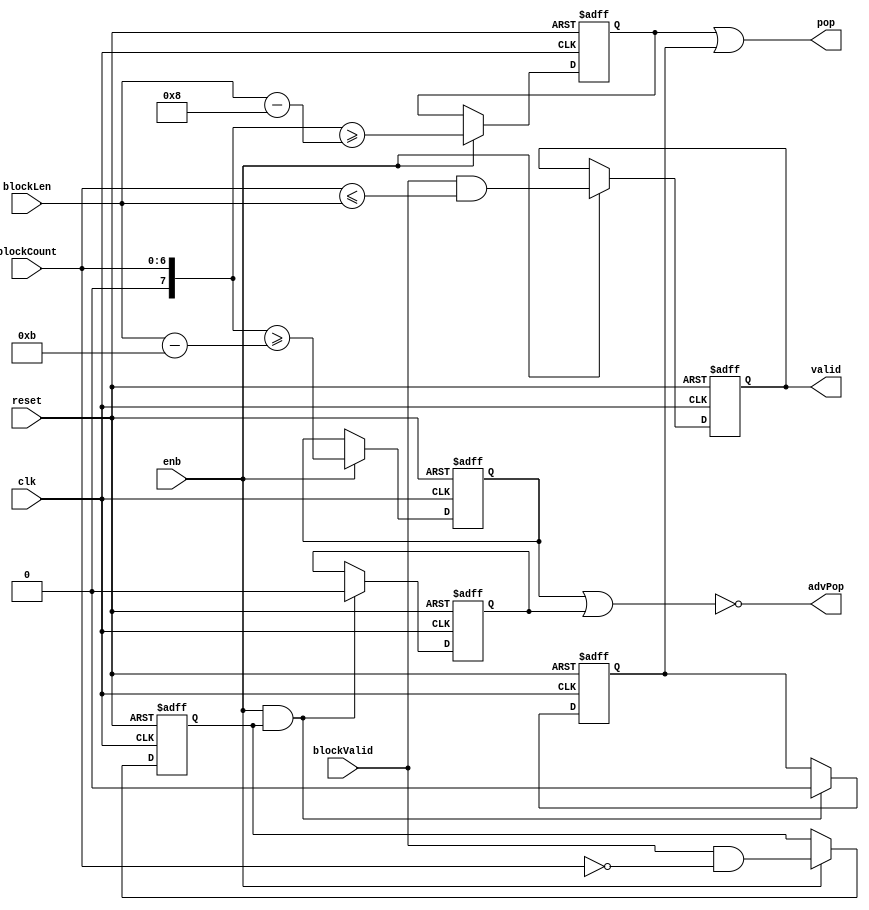
// -------------------------------------------------------------
// 
// 
// Generated by MATLAB 9.13 and HDL Coder 4.0
// 
// -------------------------------------------------------------


// -------------------------------------------------------------
// 
// Module: whdlOFDMTx_Generate_Output_Control_Signals_block
// Source Path: whdlOFDMTx/Frame Generator/Header/Interleaver/Read Logic/Generate Output Control Signals
// Hierarchy Level: 6
// 
// -------------------------------------------------------------

`timescale 1 ns / 1 ns

module whdlOFDMTx_Generate_Output_Control_Signals_block
          (clk,
           reset,
           enb,
           blockLen,
           blockValid,
           blockCount,
           valid,
           pop,
           advPop);


  input   clk;
  input   reset;
  input   enb;
  input   [6:0] blockLen;  // ufix7
  input   blockValid;
  input   [6:0] blockCount;  // ufix7
  output  valid;
  output  pop;
  output  advPop;


  wire Relational_Operator2_relop1;
  wire Logical_Operator1_out1;
  reg  Delay6_out1;
  wire [3:0] Constant_out1;  // ufix4
  wire signed [7:0] Add_1;  // sfix8
  wire signed [7:0] Add_2;  // sfix8
  wire signed [7:0] Add_out1;  // int8
  wire signed [7:0] Relational_Operator1_1_1;  // sfix8
  wire Relational_Operator1_relop1;
  reg  Delay8_out1;
  wire Compare_To_Constant_out1;
  wire Logical_Operator8_out1;
  reg  Delay_out1;
  wire Constant1_out1;
  reg  Unit_Delay_Enabled_Synchronous_out1;
  wire Logical_Operator4_out1;
  wire [3:0] Constant2_out1;  // ufix4
  wire signed [7:0] Add1_1;  // sfix8
  wire signed [7:0] Add1_2;  // sfix8
  wire signed [7:0] Add1_out1;  // int8
  wire signed [7:0] Relational_Operator3_1_1;  // sfix8
  wire Relational_Operator3_relop1;
  reg  Delay1_out1;
  wire Constant3_out1;
  reg  Unit_Delay_Enabled_Synchronous1_out1;
  wire Logical_Operator3_out1;


  assign Relational_Operator2_relop1 = blockCount <= blockLen;



  assign Logical_Operator1_out1 = blockValid & Relational_Operator2_relop1;



  always @(posedge clk or posedge reset)
    begin : Delay6_process
      if (reset == 1'b1) begin
        Delay6_out1 <= 1'b0;
      end
      else begin
        if (enb) begin
          Delay6_out1 <= Logical_Operator1_out1;
        end
      end
    end



  assign valid = Delay6_out1;

  assign Constant_out1 = 4'b1000;



  assign Add_1 = {1'b0, blockLen};
  assign Add_2 = {4'b0, Constant_out1};
  assign Add_out1 = Add_1 - Add_2;



  assign Relational_Operator1_1_1 = {1'b0, blockCount};
  assign Relational_Operator1_relop1 = Relational_Operator1_1_1 >= Add_out1;



  always @(posedge clk or posedge reset)
    begin : Delay8_process
      if (reset == 1'b1) begin
        Delay8_out1 <= 1'b0;
      end
      else begin
        if (enb) begin
          Delay8_out1 <= Relational_Operator1_relop1;
        end
      end
    end



  assign Compare_To_Constant_out1 = blockCount == 7'b0000000;



  assign Logical_Operator8_out1 = blockValid & Compare_To_Constant_out1;



  always @(posedge clk or posedge reset)
    begin : Delay_process
      if (reset == 1'b1) begin
        Delay_out1 <= 1'b0;
      end
      else begin
        if (enb) begin
          Delay_out1 <= Logical_Operator8_out1;
        end
      end
    end



  assign Constant1_out1 = 1'b0;



  always @(posedge clk or posedge reset)
    begin : Unit_Delay_Enabled_Synchronous_process
      if (reset == 1'b1) begin
        Unit_Delay_Enabled_Synchronous_out1 <= 1'b1;
      end
      else begin
        if (enb && Delay_out1) begin
          Unit_Delay_Enabled_Synchronous_out1 <= Constant1_out1;
        end
      end
    end



  assign Logical_Operator4_out1 = Delay8_out1 | Unit_Delay_Enabled_Synchronous_out1;



  assign pop = Logical_Operator4_out1;

  assign Constant2_out1 = 4'b1011;



  assign Add1_1 = {1'b0, blockLen};
  assign Add1_2 = {4'b0, Constant2_out1};
  assign Add1_out1 = Add1_1 - Add1_2;



  assign Relational_Operator3_1_1 = {1'b0, blockCount};
  assign Relational_Operator3_relop1 = Relational_Operator3_1_1 >= Add1_out1;



  always @(posedge clk or posedge reset)
    begin : Delay1_process
      if (reset == 1'b1) begin
        Delay1_out1 <= 1'b0;
      end
      else begin
        if (enb) begin
          Delay1_out1 <= Relational_Operator3_relop1;
        end
      end
    end



  assign Constant3_out1 = 1'b0;



  always @(posedge clk or posedge reset)
    begin : Unit_Delay_Enabled_Synchronous1_process
      if (reset == 1'b1) begin
        Unit_Delay_Enabled_Synchronous1_out1 <= 1'b1;
      end
      else begin
        if (enb && Delay_out1) begin
          Unit_Delay_Enabled_Synchronous1_out1 <= Constant3_out1;
        end
      end
    end



  assign Logical_Operator3_out1 =  ~ (Delay1_out1 | Unit_Delay_Enabled_Synchronous1_out1);



  assign advPop = Logical_Operator3_out1;

endmodule  // whdlOFDMTx_Generate_Output_Control_Signals_block